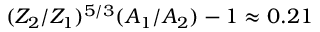
( Z _ { 2 } / Z _ { 1 } ) ^ { 5 / 3 } ( A _ { 1 } / A _ { 2 } ) - 1 \approx 0 . 2 1